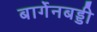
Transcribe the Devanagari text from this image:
बार्गेनबड्डी